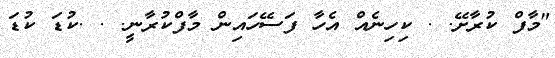
"މާފް ކުރާށޭ. . ކިހިނެއް އެހާ ފަސޭހައިން މާފްކުރާނީ. . .ކުޑަ ކުޑަ